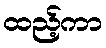
ထည့်ကာ